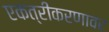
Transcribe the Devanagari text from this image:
एकत्रीकरणावर